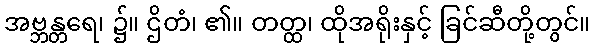
အဗ္ဘန္တရေ၊ ၌။ ဌိတံ၊ ၏။ တတ္ထ၊ ထိုအရိုးနှင့် ခြင်ဆီတို့တွင်။